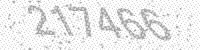
Solution: 217466